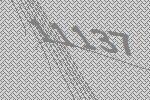
11137